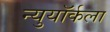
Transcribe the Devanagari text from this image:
न्युयॉर्कला